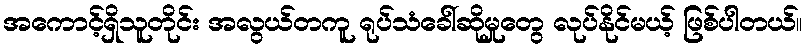
အကောင့်ရှိသူတိုင်း အလွယ်တကူ ရုပ်သံခေါ်ဆိုမှုတွေ လုပ်နိုင်မယ့် ဖြစ်ပါတယ်။